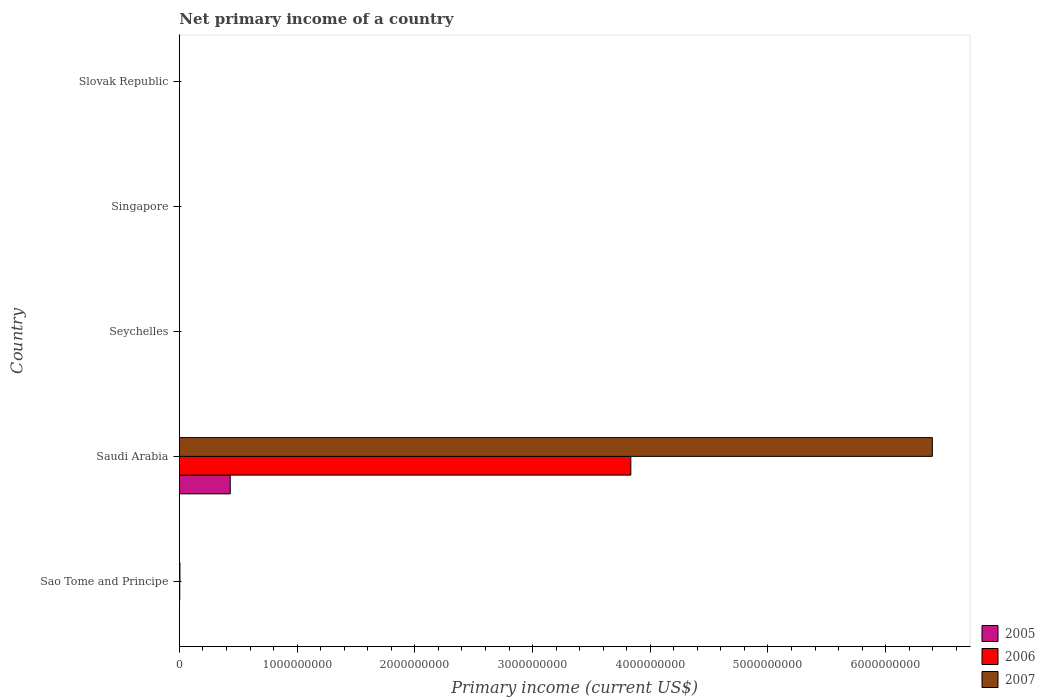
| Country | 2005 | 2006 | 2007 |
 | --- | --- | --- | --- |
 | Sao Tome and Principe | -2.93e+06 | 3.03e+06 | 4.47e+06 |
 | Saudi Arabia | 4.32e+08 | 3.83e+09 | 6.4e+09 |
 | Seychelles | -4.01e+07 | -4.36e+07 | -7.08e+07 |
 | Singapore | -8.43e+09 | -5.25e+09 | -5.68e+09 |
 | Slovak Republic | -1.98e+09 | -2.09e+09 | -3.29e+09 |